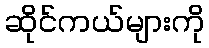
ဆိုင်ကယ်များကို